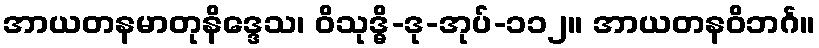
အာယတနမာတုနိဒ္ဒေသ၊ ဝိသုဒ္ဓိ-ဒု-အုပ်-၁၁၂။ အာယတနဝိဘင်္ဂ။